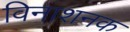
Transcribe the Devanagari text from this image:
विनाशनक